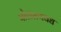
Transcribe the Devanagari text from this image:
पोलस्त्यवध